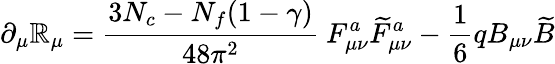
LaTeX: \partial_{\mu}\mathbb{R}_{\mu}=\frac{{3N_{c}-N_{f}(1-\gamma)}}{{48\pi^{2}}}~F_{\mu\nu}^{a}\widetilde{{F}}_{\mu\nu}^{a}-\frac{{1}}{{6}}qB_{\mu\nu}\widetilde{{B}}